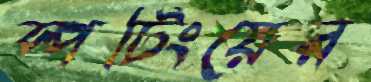
স্পটিংয়ের